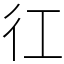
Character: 𢓁